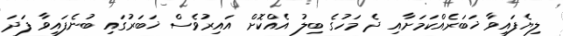
ލިޔެފައިވާ ޚަބަރެއްކަމަށާއި ދެ މަހުގެ ބިލު އެއްކޮށް އައިރުވެސް ޚަބަރުގައި ބުނެފައިވާ ފަދަ